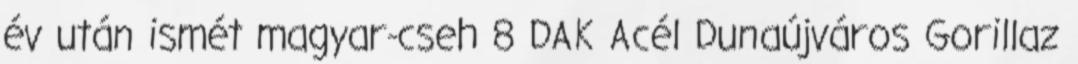
év után ismét magyar-cseh 8 DAK Acél Dunaújváros Gorillaz